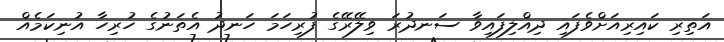
އަތިރި ކައިރިއަށްވެފައި ދިއްލިފައިވާ ސަނދުރަ ވިލޭރޭގެ ފުރިހަމަ ހަނދު އެތަނުގެ ހުރިހާ އުނިކަމެއް